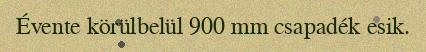
Évente körülbelül 900 mm csapadék esik.